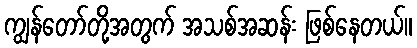
ကျွန်တော်တို့အတွက် အသစ်အဆန်း ဖြစ်နေတယ်။